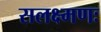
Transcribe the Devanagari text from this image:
सलक्ष्मणः